King Institute of Preventive Medicine Micro-Biological Section reports 1912-19
Year: 1912
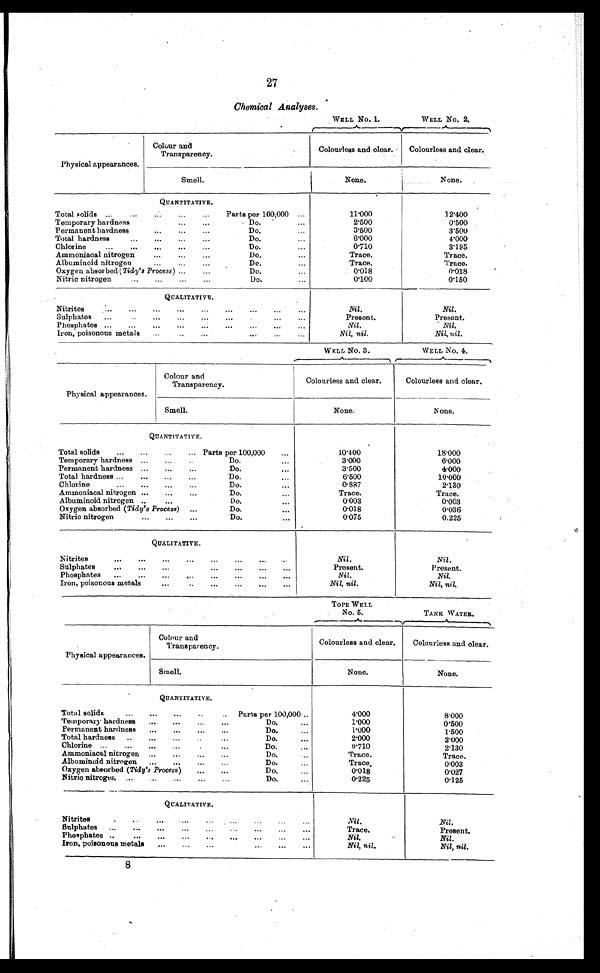
27
Chemical Analyses .
WELL No. 1.
WELL No. 2.
Physical appearances.
Colour and
Transparency.
Colourless and clear.
Colourless and clear.
Smell.
None.
None.
QUANTITATIVE.
Total solids . . .
Parts per 100,000 . . .
11.000
l2.400
Temporary hardness . . .
Do. . . .
2.500
0.500
Permanent hardness . . .
Do.
3.500
3.500
Total hardness . . .
Do. . . .
6.000
4.000
Chlorine . . .
Do. . . .
0.710
3.195
Ammoniacal nitrogen . . .
Do. . . .
Trace.
T r a c e .
Albuminoid nitrogen . . .
Do. . . .
Trace.
Trace.
Oxygen absorbed Tidy' s Process) . . .
Do. . . .
0.018
0.018
Nitric nitrogen . . .
Do. . . .
0.100
0.150
QUALITATIVE.
N i t r i t e s . . .
Nil.
Nil.
S u l p h a t e s . . .
Present.
Present.
Phosphates . . .
Nil.
Nil.
Iron, poisonous metals . . .
N i l , n i l .
Nil, nil.
WELL No. 3.
WELL No. 4.
Physical appearances.
Colour and
Transparency.
Colourless and clear.
Colourless and clear.
Smell.
None.
None.
QUANTITATIVE.
Total solids . . . Parts per 100,000
. . .
10.400
18.000
Temporary hardness . . .
Do. . . .
3.000
6 . 0 0 0
Permanent hardness . . .
Do.
. . .
3.500
4.000
Total hardness . . .
Do. . . .
6.500
10.000
Chlorine . . .
Do.
. . .
0.887
2.130
Ammoniacal nitrogen . . .
D o . . . .
Trace.
Trace.
Albuminoid nitrogen . . .
Do. . . .
0.003
0.003
Oxygen absorbed (Tidy's Process)
. . .
Do. . . .
0.018
0.036
Nitric nitrogen . . .
Do. . . .
0.075
0.225
QUALITATIVE.
Nitrites . . .
Nil.
Nil.
Sulphates . . .
Present.
Present.
Phosphates . . .
Nil.
Nil.
Iron, poisonous metals . . .
Nil, nil.
Nil, nil.
TOPE WELL
No. 5.
TANK WATER.
Physical appearances.
Colour and
Transparency.
Colourless and clear.
Colourless and clear.
Smell.
None.
None.
QUANTITATIVE.
Total solids . . . Parts per 100,000 . . ..
4 . 0 0 0
8.000
Temporary hardness . . .
Do. . . .
1.000
0.500
Permanent hardness . . .
Do. . . .
1.000
1.500
Total hardness . . .
Do. . . .
2.000
2.000
Chlorine . . .
Do. . . .
0.710
2.130
Ammoniacal nitrogen . . .
Do. . . .
Trace.
Trace.
Albuminoid nitrogen . . .
Do. . . .
Trace.
0 . 0 0 3
Oxygen absorbed ( Tidy's Process ) . . .
Do.
0.018
0.027
Nitric nitrogen . . .
Do.
0.225
0.125
QUALITATIVE.
Nitrites . . .
Nil.
Nil.
S u l p h a t e s . . .
Trace.
Present.
Phosphates . . .
Nil.
Nil.
Iron, poisonous metals . . .
Nil, nil.
Nil, nil.